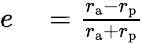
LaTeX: \begin{array}{rl}{e}&{{}={\frac{r_{\mathrm{a}}-r_{\mathrm{p}}}{r_{\mathrm{a}}+r_{\mathrm{p}}}}}\end{array}